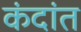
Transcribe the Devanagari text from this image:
कंदांत